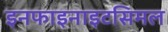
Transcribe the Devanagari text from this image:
इनफाइनाइटसिमल